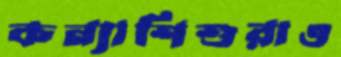
কন্যাশিশুরাও